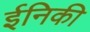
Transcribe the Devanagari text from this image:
ईनिकी